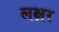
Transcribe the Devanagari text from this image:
लक्षर